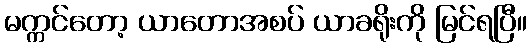
မက္ကင်တော့ ယာတောအစပ် ယာခရိုးကို မြင်ရပြီ။